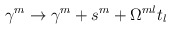
\begin{align*}\gamma^m\to\gamma^m+s^m+\Omega^{ml}t_l\end{align*}